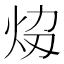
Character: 𤇎